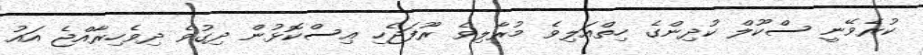
ކުރެވޭނީ ސްކޫލް ކުދިންގެ ހިތްއަލިވެ މުރާލިވެ ރޫފަޖެހި އިސްކޮޅުން ދިގުވެ ދިވެހިރާއްޖެ އައު